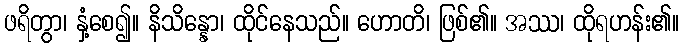
ဖရိတွာ၊ နှံ့စေ၍။ နိသိန္နော၊ ထိုင်နေသည်။ ဟောတိ၊ ဖြစ်၏။ အဿ၊ ထိုရဟန်း၏။